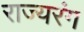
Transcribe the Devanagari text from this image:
राज्यरंग